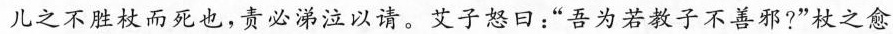
儿之不胜杖而死也，责必涕泣以请。艾子怒日：”吾为若教子不善邪?”杖之愈